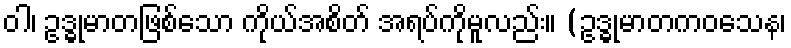
ဝါ၊ ဥဒ္ဓုမာတဖြစ်သော ကိုယ်အစိတ် အရပ်ကိုမူလည်း။ (ဥဒ္ဓုမာတကဝသေန၊